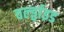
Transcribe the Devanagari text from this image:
वर्ल्ड्वाइड